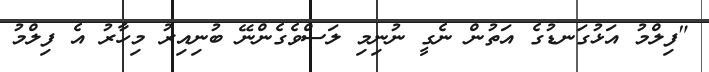
"ފިލްމު އަޅުގަނޑުގެ އަތުން ނެގީ ނުނިމި ލަސްވެގެންނޭ ބުނިއިރު މިހާރު އެ ފިލްމު